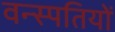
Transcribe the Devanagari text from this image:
वन्स्पतियों